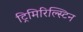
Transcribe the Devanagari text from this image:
ट्रिमिरिल्स्टिन